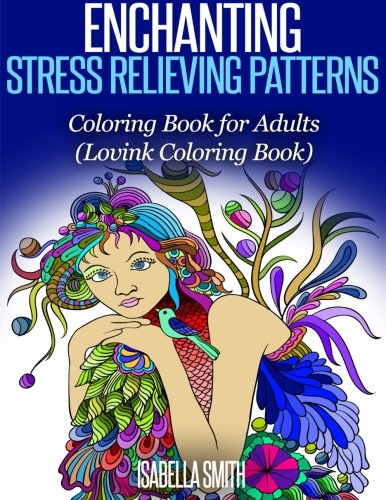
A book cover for Enchanting Stress Relieving Patterns: Coloring Book for Adults (Lovink Coloring Book); Isabella Smith; Arts & Photography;